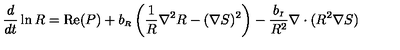
{ \frac { d } { d t } } \ln R = \mathrm { R e } ( P ) + b _ { \scriptscriptstyle R } \left( \frac { 1 } { R } \nabla ^ { 2 } R - ( \nabla S ) ^ { 2 } \right) - { \frac { b _ { \scriptscriptstyle I } } { R ^ { 2 } } } \nabla \cdot ( R ^ { 2 } \nabla S )